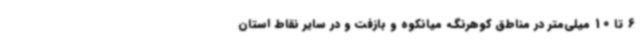
6 تا 10 میلی‌متر در مناطق کوهرنگ، میانکوه و بازفت و در سایر نقاط استان